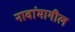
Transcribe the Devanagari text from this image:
नावांमागील